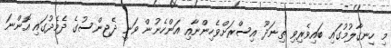
މި ހިނގާލުމުގައި ބައިވެރިވި ތިނަދޫ އިސްރަށްވެހިންނާއި އަންހެނުން ވަނީ ދެޖިންސުގެ ދެމެދުގައި އޮންނަ